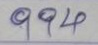
994